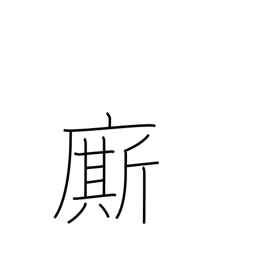
Meaning: servant